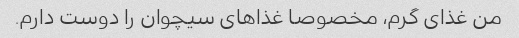
من غذای گرم، مخصوصا غذاهای سیچوان را دوست دارم.